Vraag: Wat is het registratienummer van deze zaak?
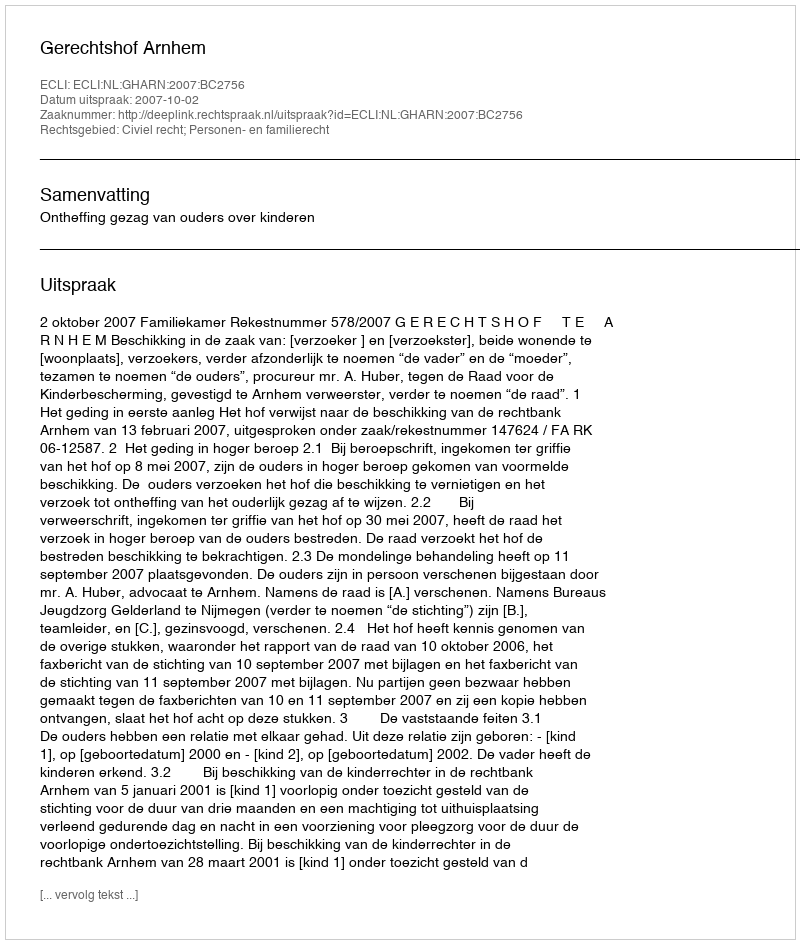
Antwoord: http://deeplink.rechtspraak.nl/uitspraak?id=ECLI:NL:GHARN:2007:BC2756